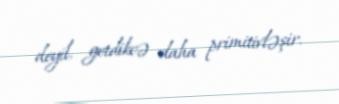
deyil, getdikcə daha primitivləşir.